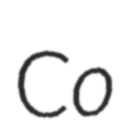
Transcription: Co